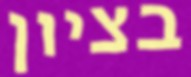
בציון